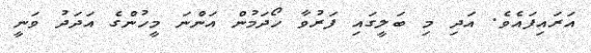
އަރައިފައެވެ. އަދި މި ބަލީގައި ފަރުވާ ހޯދަމުން އަންނަ މީހުންގެ އަދަދު ވަނީ